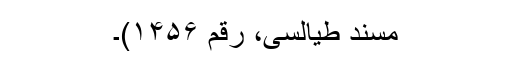
مسند طیالسی، رقم ۱۴۵۶)۔